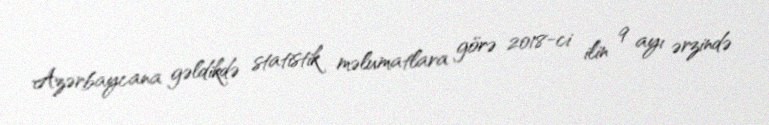
Azərbaycana gəldikdə statistik məlumatlara görə 2018-ci ilin 9 ayı ərzində